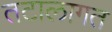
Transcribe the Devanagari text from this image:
तटालागत